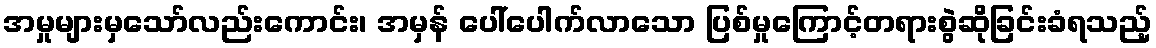
အမှုများမှသော်လည်းကောင်း၊ အမှန် ပေါ်ပေါက်လာသော ပြစ်မှုကြောင့်တရားစွဲဆိုခြင်းခံရသည့်